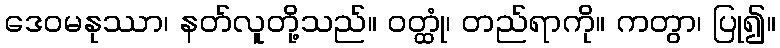
ဒေဝမနုဿာ၊ နတ်လူတို့သည်။ ဝတ္ထုံ၊ တည်ရာကို။ ကတွာ၊ ပြု၍။